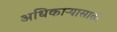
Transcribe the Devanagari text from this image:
अधिकाऱ्यासाठी